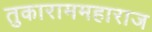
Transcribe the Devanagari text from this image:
तुकाराममहाराज